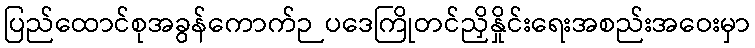
ပြည်ထောင်စုအခွန်ကောက်ဉပဒေကြိုတင်ညှိနှိုင်းရေးအစည်းအဝေးမှာ